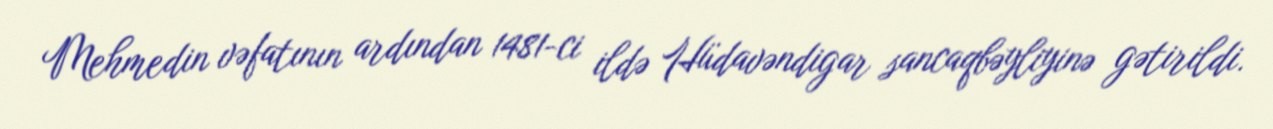
Mehmedin vəfatının ardından 1481-ci ildə Hüdavəndigar sancaqbəyliyinə gətirildi.